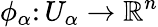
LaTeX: \phi_{\alpha}\colon U_{\alpha}\to\mathbb{R}^{n}